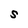
Character: S